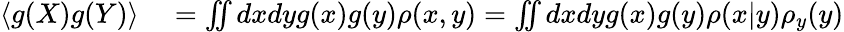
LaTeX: \begin{array}{rl}{\langle g(X)g(Y)\rangle}&{{}=\iint dxdyg(x)g(y)\rho(x,y)=\iint dxdyg(x)g(y)\rho(x|y)\rho_{y}(y)}\end{array}